Statistical return of the lunatic asylum in Assam - 1912-1932
Year: 1912
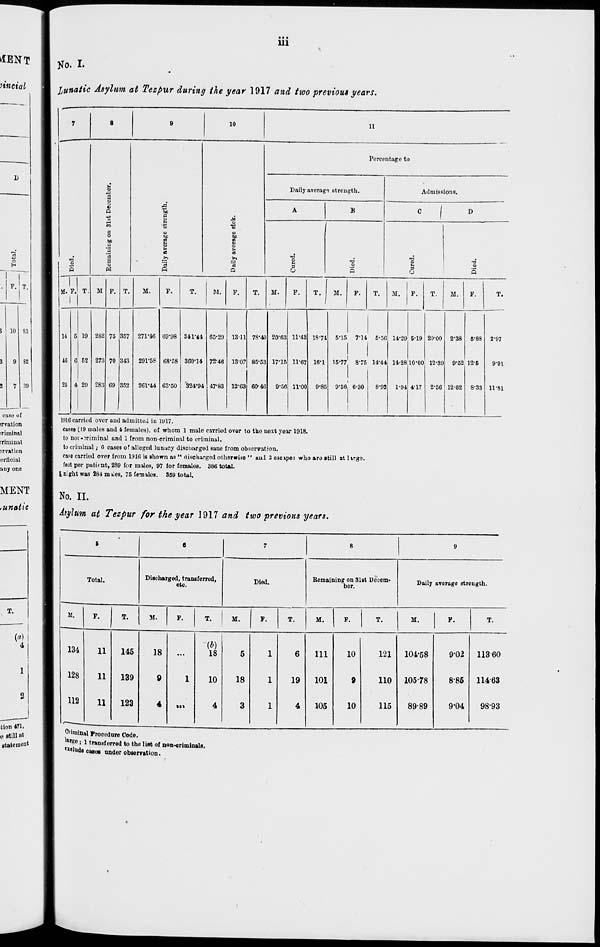
• • •
HI
No. I.
lunatic Asylum at Tezpur during the year 1917 and two previous years.
7
8
9
10
11
Percentage to
■2
a
Daily average strength.
Admissions.
Q
3
"5>
A
B
C 1 D
a
1
C5
1
*m
o
to
to
bo
g
■a
E
a
S
>
>
3
to
C3
•a
a
"3
'3
>d
1 3
a
P
3
P
Q
u
P
(5
P
M. F. 1 T
M
M.
T.
M.
T.
M.
14
16
26
6 19
52
4 29
282
273
283
75
70
89
357
343
352
271-46
291-58
261-44
G9'98
68'58
63-50
341*44
360-14
65-29
7246
324-94 47-83
13-11
i3o:
78-40
85-53
12-63 60-46
20-63
17-15
9-56
T.
M.
T.
AI.
M.
F.
T.
11-43
11-67
11-00
18-74
16-1
9-85
5*15 7-14 5-56
15-77 8-75 14-44
8-92
9-56 6-30
14-29 B-19 20-00
14-28 10-00 12-39
1-94 4-17 2-36
2-38 6-88
9-52 12-6
12-62
8-33
2-97
9-91
11-81
WIG carried over and admitted in 1917.
cases (19 males and 4 females), of whom 1 male carried ovor to the next year 1918.
to nor-Jriminal and 1 from non-criminal to criminal.
to criminal; 6 oases of alleged lunacy discharged sane from observation.
caFe carried over from 1916 is shown as " discharged otherwise " aul 3 C3cipe3 who are still at l»rge.
feat per patient, 289 for males, 97 for females. 386 total.
I night was 284 m klcs, 75 fern ties. 359 total.
No. II.
Asylum at Tezpur for the year J 917 and two previous years.
6
e
7
8
9
Total.
Discharged, transferred,
etc.
Died.
Remaining on 31st Decem-
ber.
Daily average strength.
M.
F.
T.
M.
p.
T.
M.
F.
T.
M.
F.
T.
M.
F.
T.
134
11
145
18
...
18
5
1
6
Ill
»
121
104-58
902 11360
128
11
139
9
1
10
18
1
19
101
9
110 105-78
8-86 11463
112
11
123
4
in
4
3
1
4
105
10
115
89-89
9*04
98-93
Criminal Procedure Code.
M K e i 1 transferred to the list of non-criminals.
delude oases under observation.